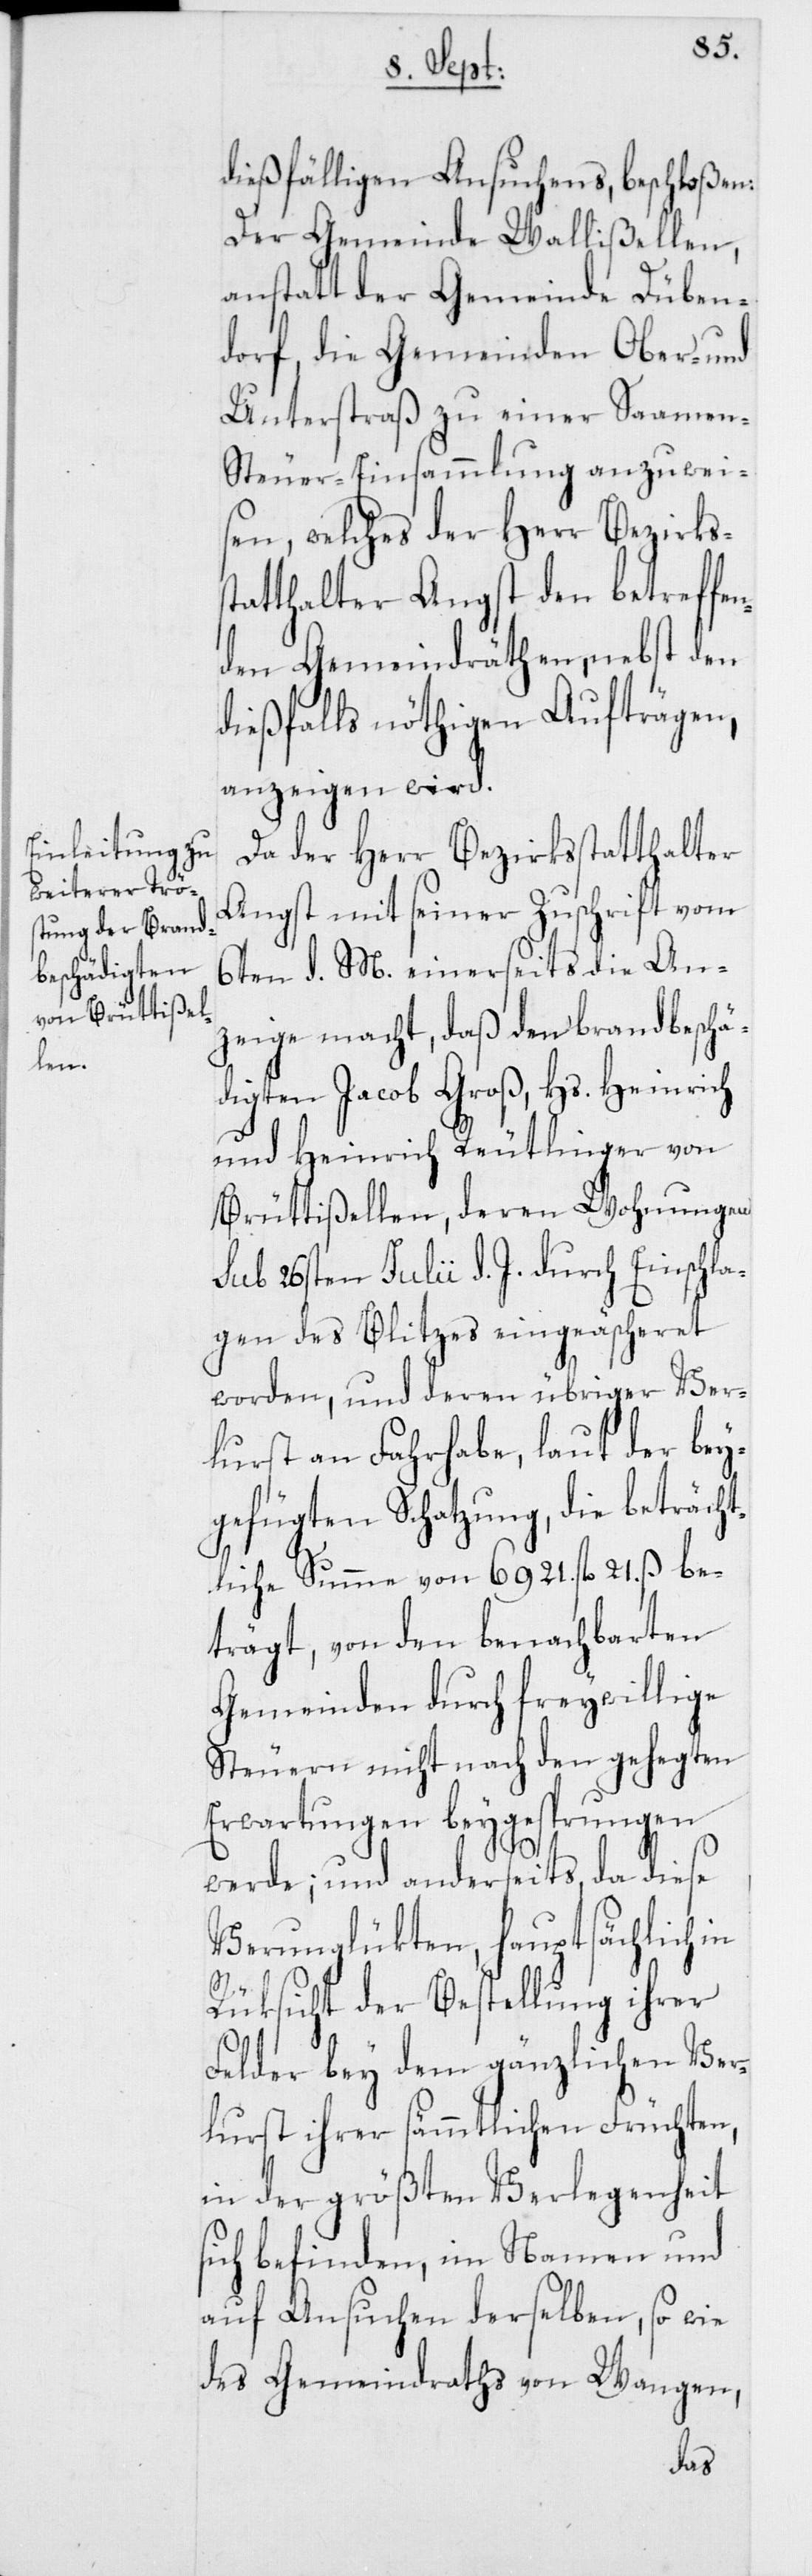
dießfälligen Ansuchens, beschloßen:
Der Gemeinde Wallißellen,
anstatt der Gemeinde Düben¬
dorf, die Gemeinden Ober- und
Unterstraß zu einer Saamen-S¬
teuer-Einsammlung anzuwei¬
sen, welches der Herr Bezirkss¬
tatthalter Angst den betreffen¬
den Gemeindräthen, nebst den
dießfalls nöthigen Aufträgen,
anzeigen wird.
Da der Herr Bezirksstatthalter
Angst mit seiner Zuschrift vom
6ten d. M. einerseits die An¬
zeige macht, daß den brandbeschä¬
digten Jacob Groß, Hs. Heinrich
und Heinrich Reutlinger von
Brüttißellen, deren Wohnungen
sub 26sten Julii d. J. durch Einschla¬
gen des Blitzes eingeäscheret
worden, und deren übriger Ver¬
lurst an Fahrhabe, laut der bey¬
gefügten Schatzung, die beträcht¬
liche Summe von 6921. fl. 21. ß be¬
trägt, von den benachbarten
Gemeinden durch freywillige
Steuern nicht nach den gehegten
Erwartungen beygesprungen
werde; und anderseits, da diese
Verunglükten, hauptsächlich in
Rücksicht der Bestellung ihrer
Felder bey dem gänzlichen Ver¬
lurst ihrer sämmtlichen Früchten,
in der größten Verlegenheit
sich befinden, im Namen und
auf Ansuchen derselben, sowie
des Gemeindraths von Wangen,